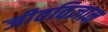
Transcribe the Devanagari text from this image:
जीवविज्ञान